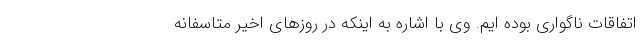
اتفاقات ناگواری بوده ایم. وی با اشاره به اینکه در روزهای اخیر متاسفانه